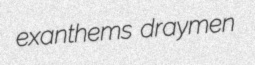
exanthems draymen